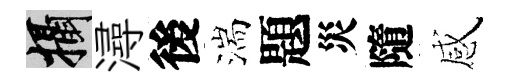
攝潯後湍題災隨感